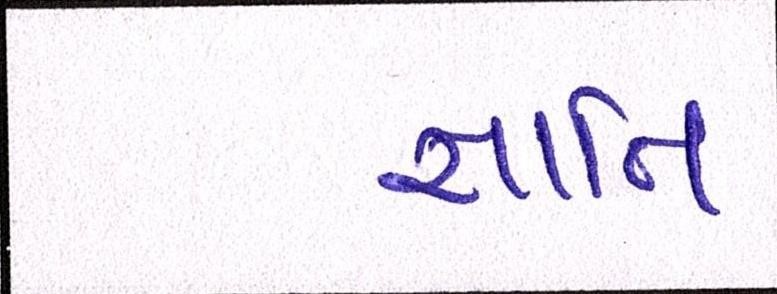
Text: જ્ઞાાતિ